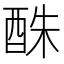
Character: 䣷